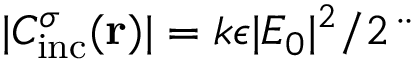
| C _ { \mathrm { { i n c } } } ^ { \sigma } ( { \bf r } ) | = k \epsilon | E _ { 0 } | ^ { 2 } / 2 ¨